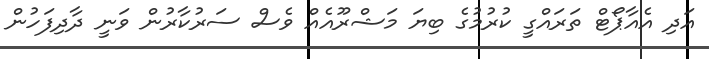
އަދި އެއާޕޯޓް ތަރައްގީ ކުރުމުގެ ބިޔަ މަޝްރޫއެއް ވެސް ސަރުކާރުން ވަނީ ދާދިފަހުން